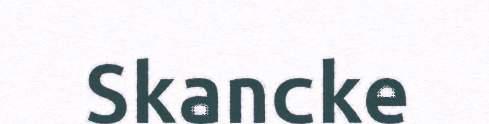
Skancke